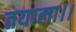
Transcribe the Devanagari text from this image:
तयाला।।